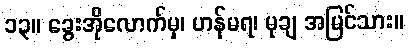
၁၃။ ခွေးအိုလောက်မှ၊ ဟန်မရ၊ မုချ အမြင်သား။